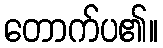
တောက်ပ၏။